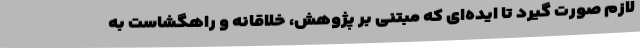
لازم صورت گیرد تا ایده‌ای که مبتنی بر پژوهش، خلاقانه و راهگشاست به